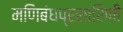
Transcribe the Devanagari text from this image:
मणिबंधप्रसारिणी